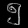
Digit: ၅